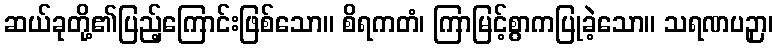
ဆယ်ခုတို့၏ပြည့်ကြောင်းဖြစ်သော။ စိရကတံ၊ ကြာမြင့်စွာကပြုခဲ့သော။ သရဏပဉှာ၊